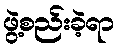
ဖွဲ့စည်းခဲ့ရာ